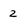
Character: 2